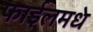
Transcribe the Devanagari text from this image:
फाईलमधे